Civil Veterinary Department Bihar reports 1936-40 - 1936-1940
Year: 1936
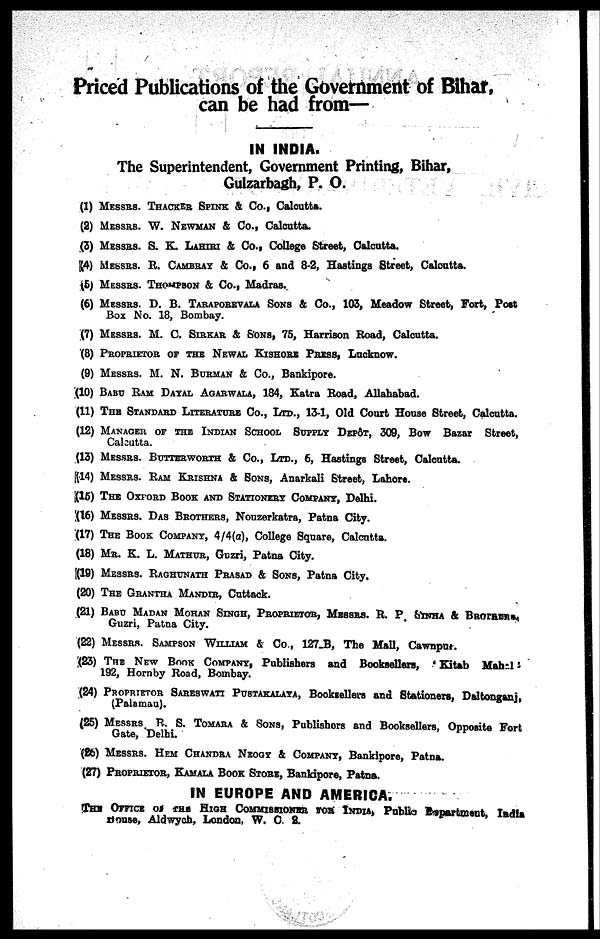
Priced Publications of the Government of Bihar,
can be had from—
IN INDIA.
The Superintendent, Government Printing, Bihar,
Gulzarbagh, P. O.
(1) Messes. Thacker Spink & Co., Calcutta.
(2) Messes. W. Newman & Co., Calcutta.
(3) Messes. S. K. Lahiri & Co., College Street, Calcutta.
(4) Messrs. R. Cambray & Co., 6 and 8-2, Hastings Street, Calcutta.
(5) Messes. Thompson & Co., Madras.
(6) Messrs. D. B. Taraporevala Sons & Co., 103, Meadow Street, Fort, Post
Box No. 18, Bombay.
(7) Messrs. M. C. Sirkar & Sons, 75, Harrison Road, Calcutta.
(8) Proprietor of the Newal Kishore Press, Lucknow.
(9) Messrs. M. N. Burman & Co., Bankipore.
(10) Babu Ram Dayal Agarwala, 184, Katra Road, Allahabad.
(11) The Standard Literature Co., Ltd., 13-1, Old Court House Street, Calcutta.
(12) Manager of the Indian School Supply Depôt, 309, Bow Bazar Street,
Calcutta.
(13) Messrs. Butterworth & Co., Ltd., 6, Hastings Street, Calcutta.
(14) Messrs. Ram Krishna & Sons, Anarkali Street, Lahore.
(15) The Oxford Book and Stationery Company, Delhi.
(16) Messrs. Das Brothers, Nouzerkatra, Patna City.
(17) The Book Company, 4/4(a), College Square, Calcutta.
(18) Mr. K. L. Mathur, Guzri, Patna City.
(19) Messrs. Raghunath Prasad & Sons, Patna City.
(20) The Grantha Mandir, Cuttack.
(21) Babu Madan Mohan Singh, Proprietor, Messrs. R. P. Sinha & BROTHERS,
Guzri, Patna City.
(22) Messrs. Sampson William & Co., 127 B, The Mall, Cawnpur.
(23) The New Book Company, Publishers and Booksellers, 'Kitab Mahal'
192, Hornby Road, Bombay.
(24) Proprietor Sareswati Pustakalaya, Booksellers and Stationers, Daltonganj,
(Palamau).
(25) Messrs. R. S. Tomara & Sons, Publishers and Booksellers, Opposite Fort
Gate, Delhi.
(26) Messrs. Hem Chandra Niogy & Company, Bankipore, Patna.
(27) Proprietor, Kamala Book Store, Bankipore, Patna.
IN EUROPE AND AMERICA.
The Office of the High Commissioner for India, Public Department, India
house, Aldwych, London, W. C. 2.